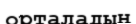
орталадың